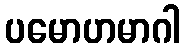
ပမောဟမာဂါ